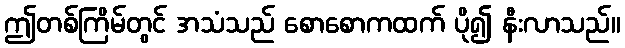
ဤတစ်ကြိမ်တွင် အသံသည် စောစောကထက် ပို၍ နီးလာသည်။